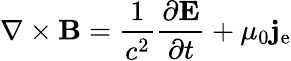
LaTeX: \nabla\times\mathbf{B}={\frac{1}{c^{2}}}{\frac{\partial\mathbf{E}}{\partial t}}+\mu_{0}\mathbf{j}_{\mathrm{e}}